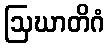
ဩဃာတိဂံ